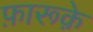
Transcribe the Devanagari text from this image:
फ़ारूक़े